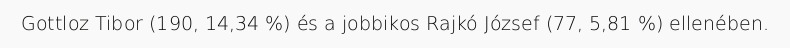
Gottloz Tibor (190, 14,34 %) és a jobbikos Rajkó József (77, 5,81 %) ellenében.